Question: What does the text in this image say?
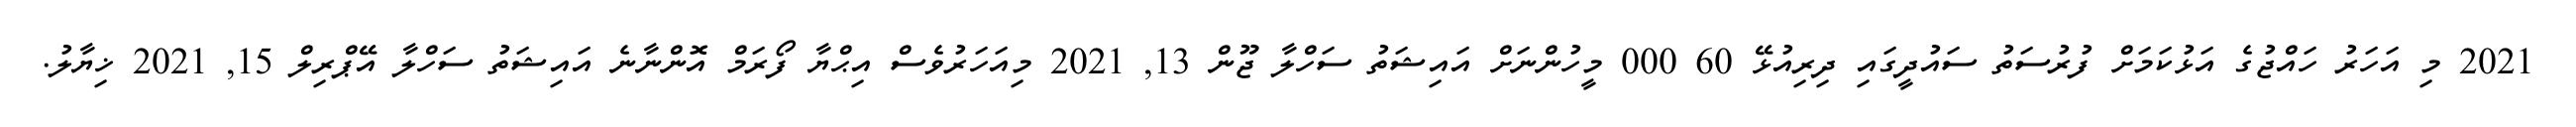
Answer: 2021 މި އަހަރު ހައްޖުގެ އަޅުކަމަށް ފުރުސަތު ސައުދީގައި ދިރިއުޅޭ 60 000 މީހުންނަށް އައިޝަތު ސަހްލާ ޖޫން 13, 2021 މިއަހަރުވެސް އިޙްޔާ ފޯރަމް އޮންނާނެ އައިޝަތު ސަހްލާ އޭޕްރިލް 15, 2021 ޚިޔާލު.